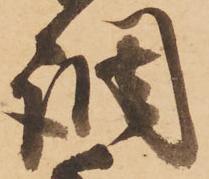
調